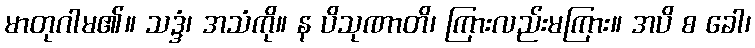
မာတုဂါမ၏။ သဒ္ဒံ၊ အသံကို။ န ပိသုဏာတိ၊ ကြားလည်းမကြား။ အပိ စ ခေါ၊